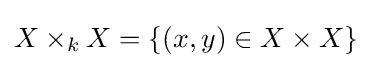
X\times _{k}X=\{(x,y)\in X\times X\}